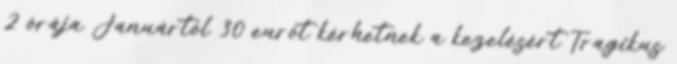
2 órája Januártól 30 eurót kérhetnek a kezelésért Tragikus